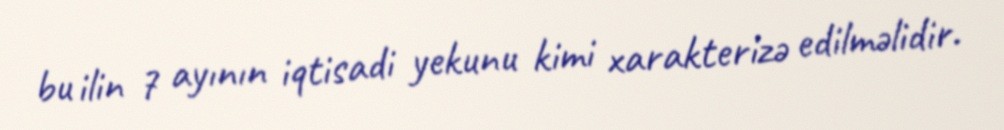
bu ilin 7 ayının iqtisadi yekunu kimi xarakterizə edilməlidir.